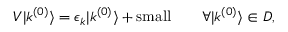
V | k ^ { ( 0 ) } \rangle = \epsilon _ { k } | k ^ { ( 0 ) } \rangle + { \mathrm { s m a l l } } \qquad \forall | k ^ { ( 0 ) } \rangle \in D ,